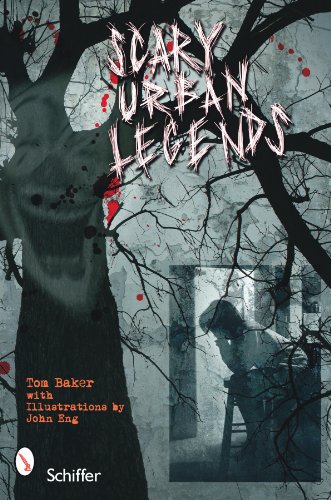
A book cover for Scary Urban Legends; Illustrated by John C. Eng; Humor & Entertainment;